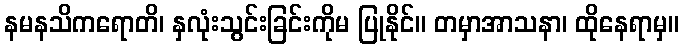
နမနသိကရောတိ၊ နှလုံးသွင်းခြင်းကိုမ ပြုနိုင်။ တမှာအာသနာ၊ ထိုနေရာမှ။